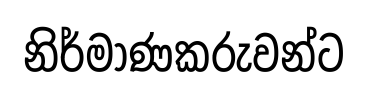
නිර්මාණකරුවන්ට